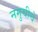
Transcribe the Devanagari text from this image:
नमुचीचे